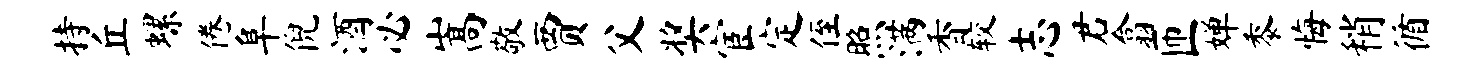
持丘螺倦阜倪酒必嵩敬贾父奖宦定侄照满香较志君翕匝婵黍悔稍循